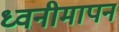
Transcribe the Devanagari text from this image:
ध्वनीमापन